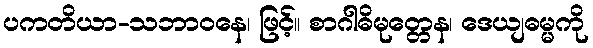
ပကတိယာ-သဘာဝနေ၊ ဖြင့်။ စာဂါဓိမုတ္တေန၊ ဒေယျဓမ္မကို